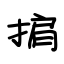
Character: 掮